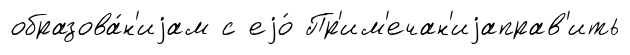
образова́н'иjам с еjо́ Пр'им'ечан'иjаправ'ить